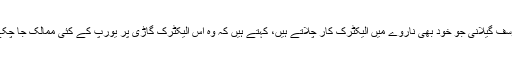
سید یوسف گیلانی جو خود بھی ناروے میں الیکٹرک کار چلاتے ہیں، کہتے ہیں کہ وہ اس الیکٹرک گاڑی پر یورپ کے کئی ممالک جا چکے ہیں۔